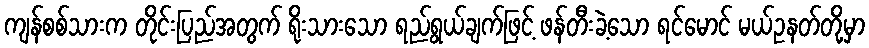
ကျန်စစ်သားက တိုင်းပြည်အတွက် ရိုးသားသော ရည်ရွယ်ချက်ဖြင့် ဖန်တီးခဲ့သော ရင်မောင် မယ်ဥနတ်တို့မှာ